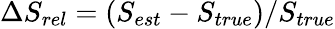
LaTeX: \Delta S_{rel}=(S_{est}-S_{true})/S_{true}